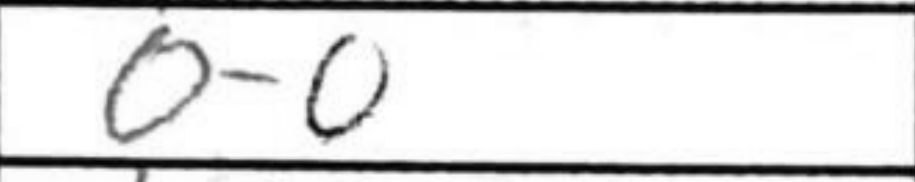
Transcription: O-O